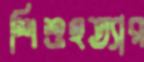
শিশুহত্যার